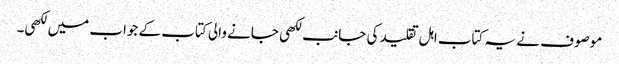
موصوف نے یہ کتاب اہل تقلید کی جانب لکھی جانے والی کتاب کے جواب میں لکھی۔